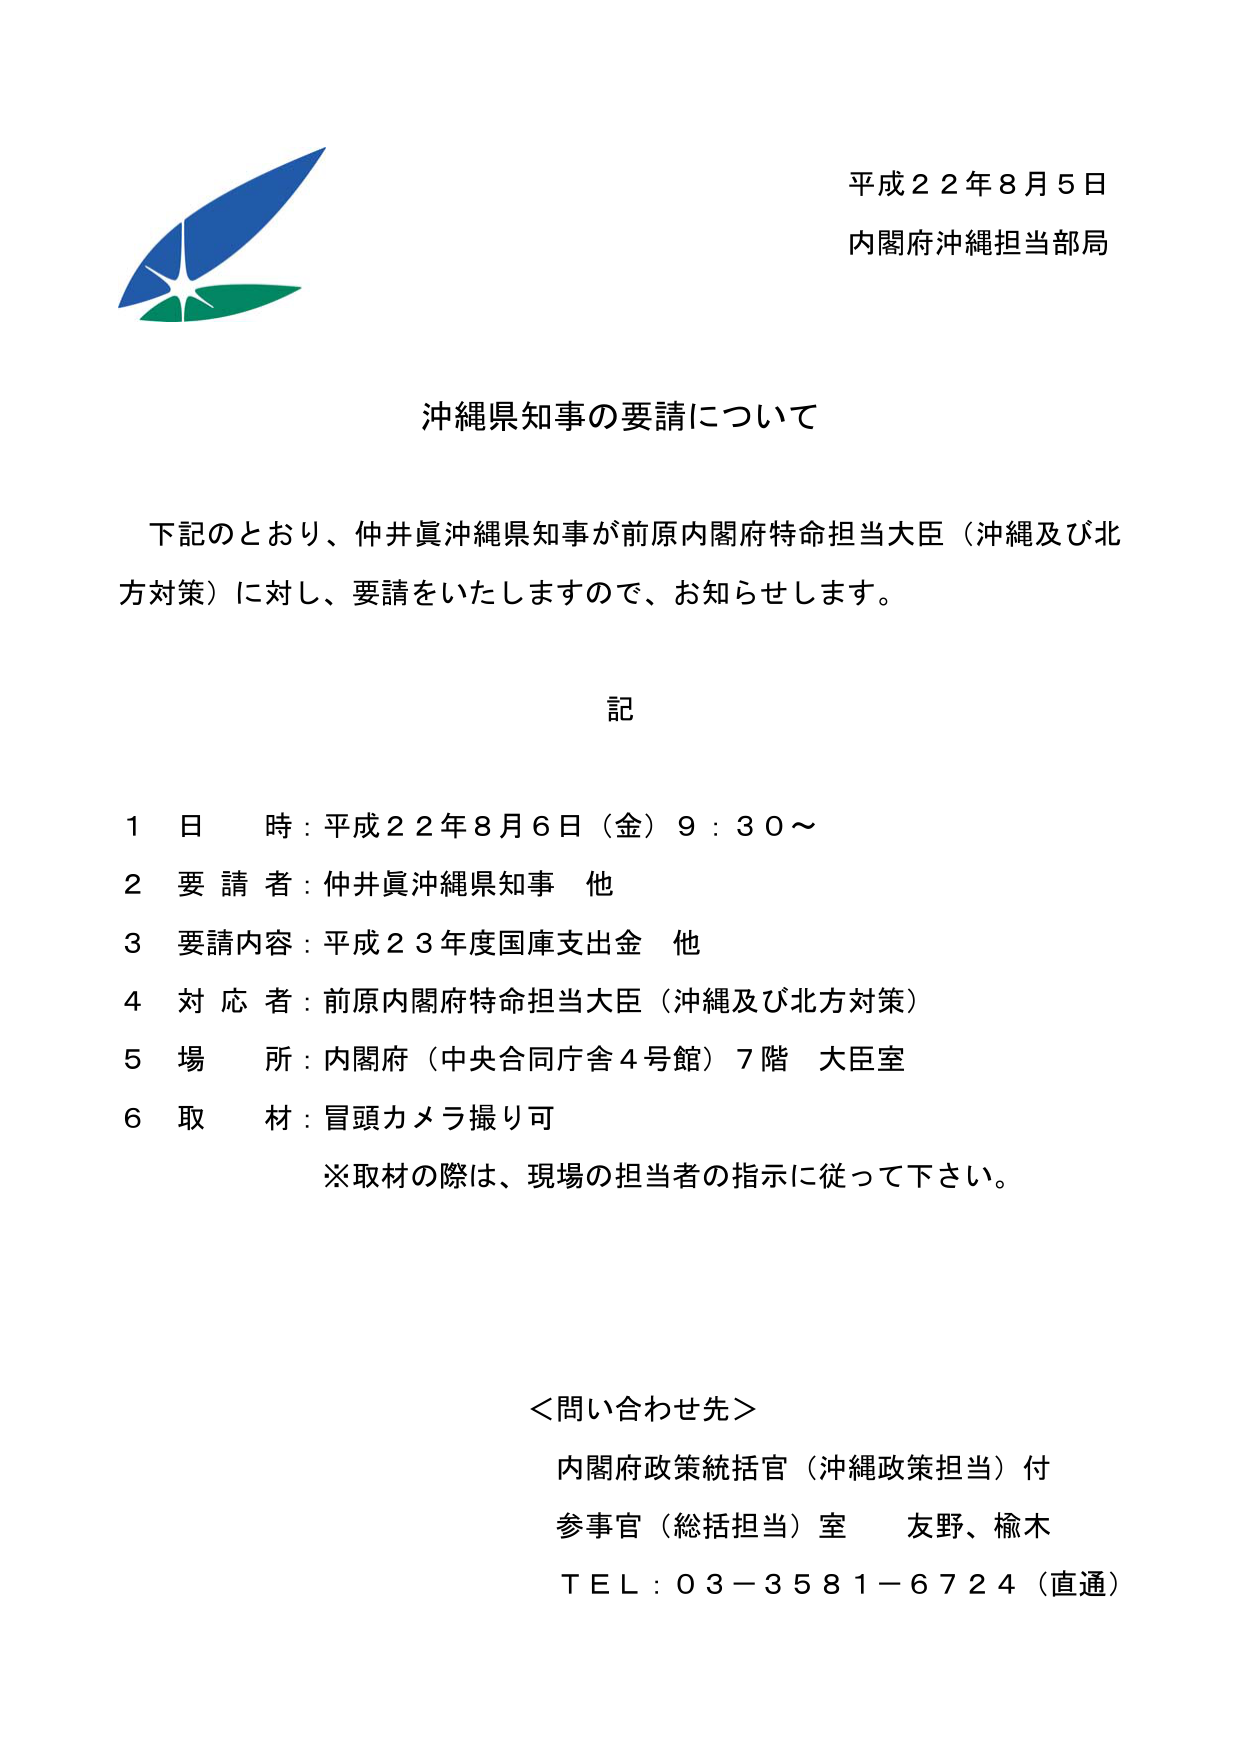
平成２２年８月５日
内閣府沖縄担当部局

沖縄県知事の要請について

下記のとおり、仲井眞沖縄県知事が前原内閣府特命担当大臣（沖縄及び北方対策）に対し、要請をいたしますので、お知らせします。

記

１ 日 時：平成２２年８月６日（金）９：３０～
２ 要 請 者：仲井眞沖縄県知事 他
３ 要請内容：平成２３年度国庫支出金 他
４ 対 応 者：前原内閣府特命担当大臣（沖縄及び北方対策）
５ 場 所：内閣府（中央合同庁舎４号館）７階 大臣室
６ 取 材：冒頭カメラ撮り可
　　※取材の際は、現場の担当者の指示に従って下さい。

＜問い合わせ先＞
内閣府政策統括官（沖縄政策担当）付
参事官（総括担当）室　友野、楡木
ＴＥＬ：０３－３５８１－６７２４（直通）